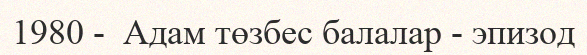
1980 -  Адам төзбес балалар - эпизод